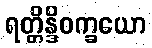
ရတ္တိန္ဒိဝက္ခယော